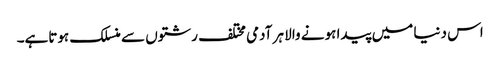
اس دنیا میں پیدا ہونے والا ہر آدمی مختلف رشتوں سے منسلک ہوتاہے۔